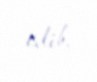
edib.